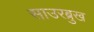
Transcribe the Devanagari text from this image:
साउरब्रुख